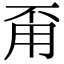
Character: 甭